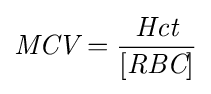
{\textit {MCV}}={\frac {\textit {Hct}}{[{\textit {RBC}}]}}